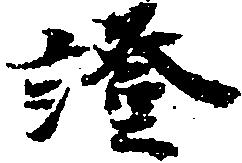
証